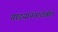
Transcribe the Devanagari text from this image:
गाडयांनंतरदेखील